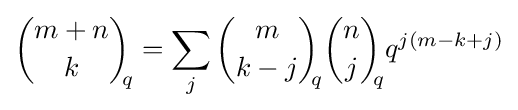
{\binom {m+n}{k}}_{\!\!q}=\sum _{j}{\binom {m}{k-j}}_{\!\!q}{\binom {n}{j}}_{\!\!q}q^{j(m-k+j)}